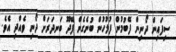
ސިފައިން ދޯނިން ފޭބުމުން ފުލުހުން ބުނެގެން ފޭދޫ ބަނދަރަށް ދޯނި ވެއްދި އެވެ.